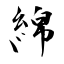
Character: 綿